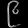
Digit: ၉